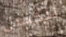
للجميل